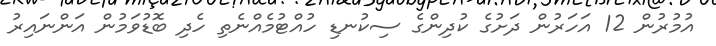
އުމުރުން 12 އަހަރުން ދަށުގެ ކުދިންގެ ސިކުނޑި ހުއްޓުމެއްނެތި ހެދި ބޮޑުވަމުން އަންނައިރު